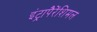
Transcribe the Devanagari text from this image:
इंट्रापैरेंशिमल